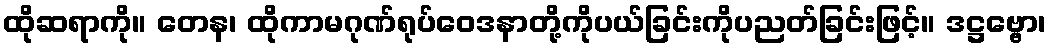
ထိုဆရာကို။ တေန၊ ထိုကာမဂုဏ်ရုပ်ဝေဒနာတို့ကိုပယ်ခြင်းကိုပညတ်ခြင်းဖြင့်။ ဒဋ္ဌဗ္ဗော၊